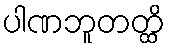
ပါဏဘူတတ္ထိ